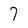
Character: 7